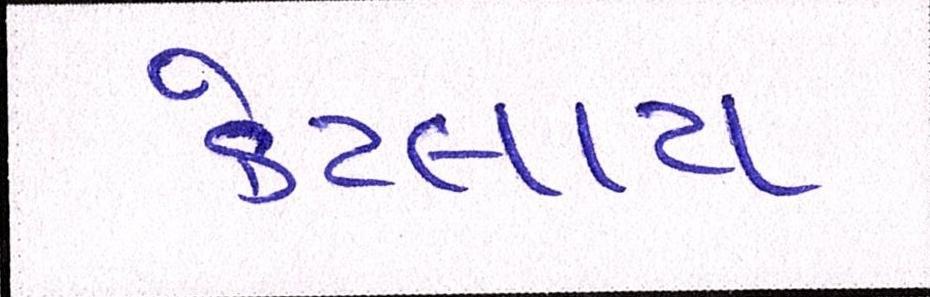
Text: કેટલાય